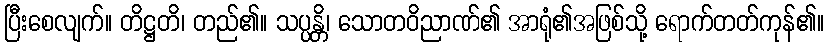
ပြီးစေလျက်။ တိဋ္ဌတိ၊ တည်၏။ သပ္ပန္တိ၊ သောတဝိညာဏ်၏ အာရုံ၏အဖြစ်သို့ ရောက်တတ်ကုန်၏။